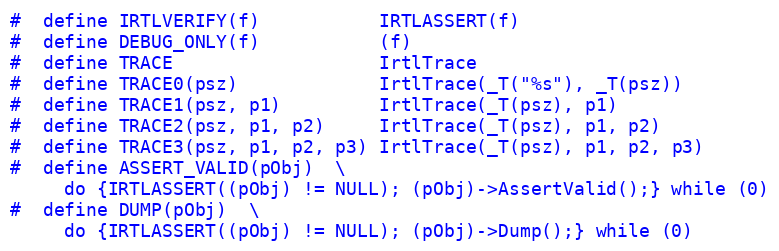
Language: C
#  define IRTLVERIFY(f)           IRTLASSERT(f)
#  define DEBUG_ONLY(f)           (f)
#  define TRACE                   IrtlTrace
#  define TRACE0(psz)             IrtlTrace(_T("%s"), _T(psz))
#  define TRACE1(psz, p1)         IrtlTrace(_T(psz), p1)
#  define TRACE2(psz, p1, p2)     IrtlTrace(_T(psz), p1, p2)
#  define TRACE3(psz, p1, p2, p3) IrtlTrace(_T(psz), p1, p2, p3)
#  define ASSERT_VALID(pObj)  \
     do {IRTLASSERT((pObj) != NULL); (pObj)->AssertValid();} while (0)
#  define DUMP(pObj)  \
     do {IRTLASSERT((pObj) != NULL); (pObj)->Dump();} while (0)